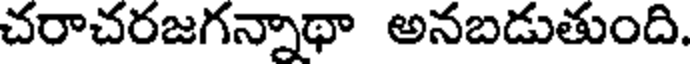
చరాచరజగన్నాథా అనబడుతుంది.